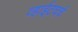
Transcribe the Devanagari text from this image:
व्हाईटचर्च